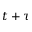
t + \tau